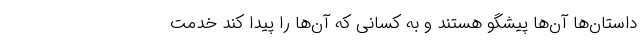
داستان‌ها آن‌ها پیشگو هستند و به کسانی که آن‌ها را پیدا کند خدمت